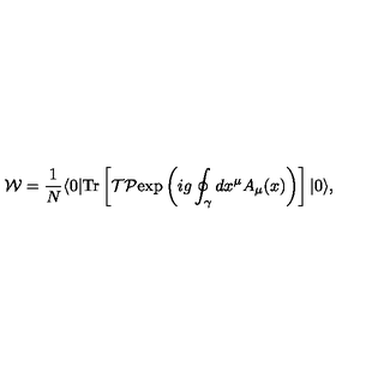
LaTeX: { \cal W } = { \frac { 1 } { N } } \langle 0 | \mathrm { T r } \left[ { \cal T } { \cal P } \mathrm { e x p } \left( i g \oint _ { \gamma } d x ^ { \mu } A _ { \mu } ( x ) \right) \right] | 0 \rangle ,